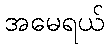
အမေရယ်